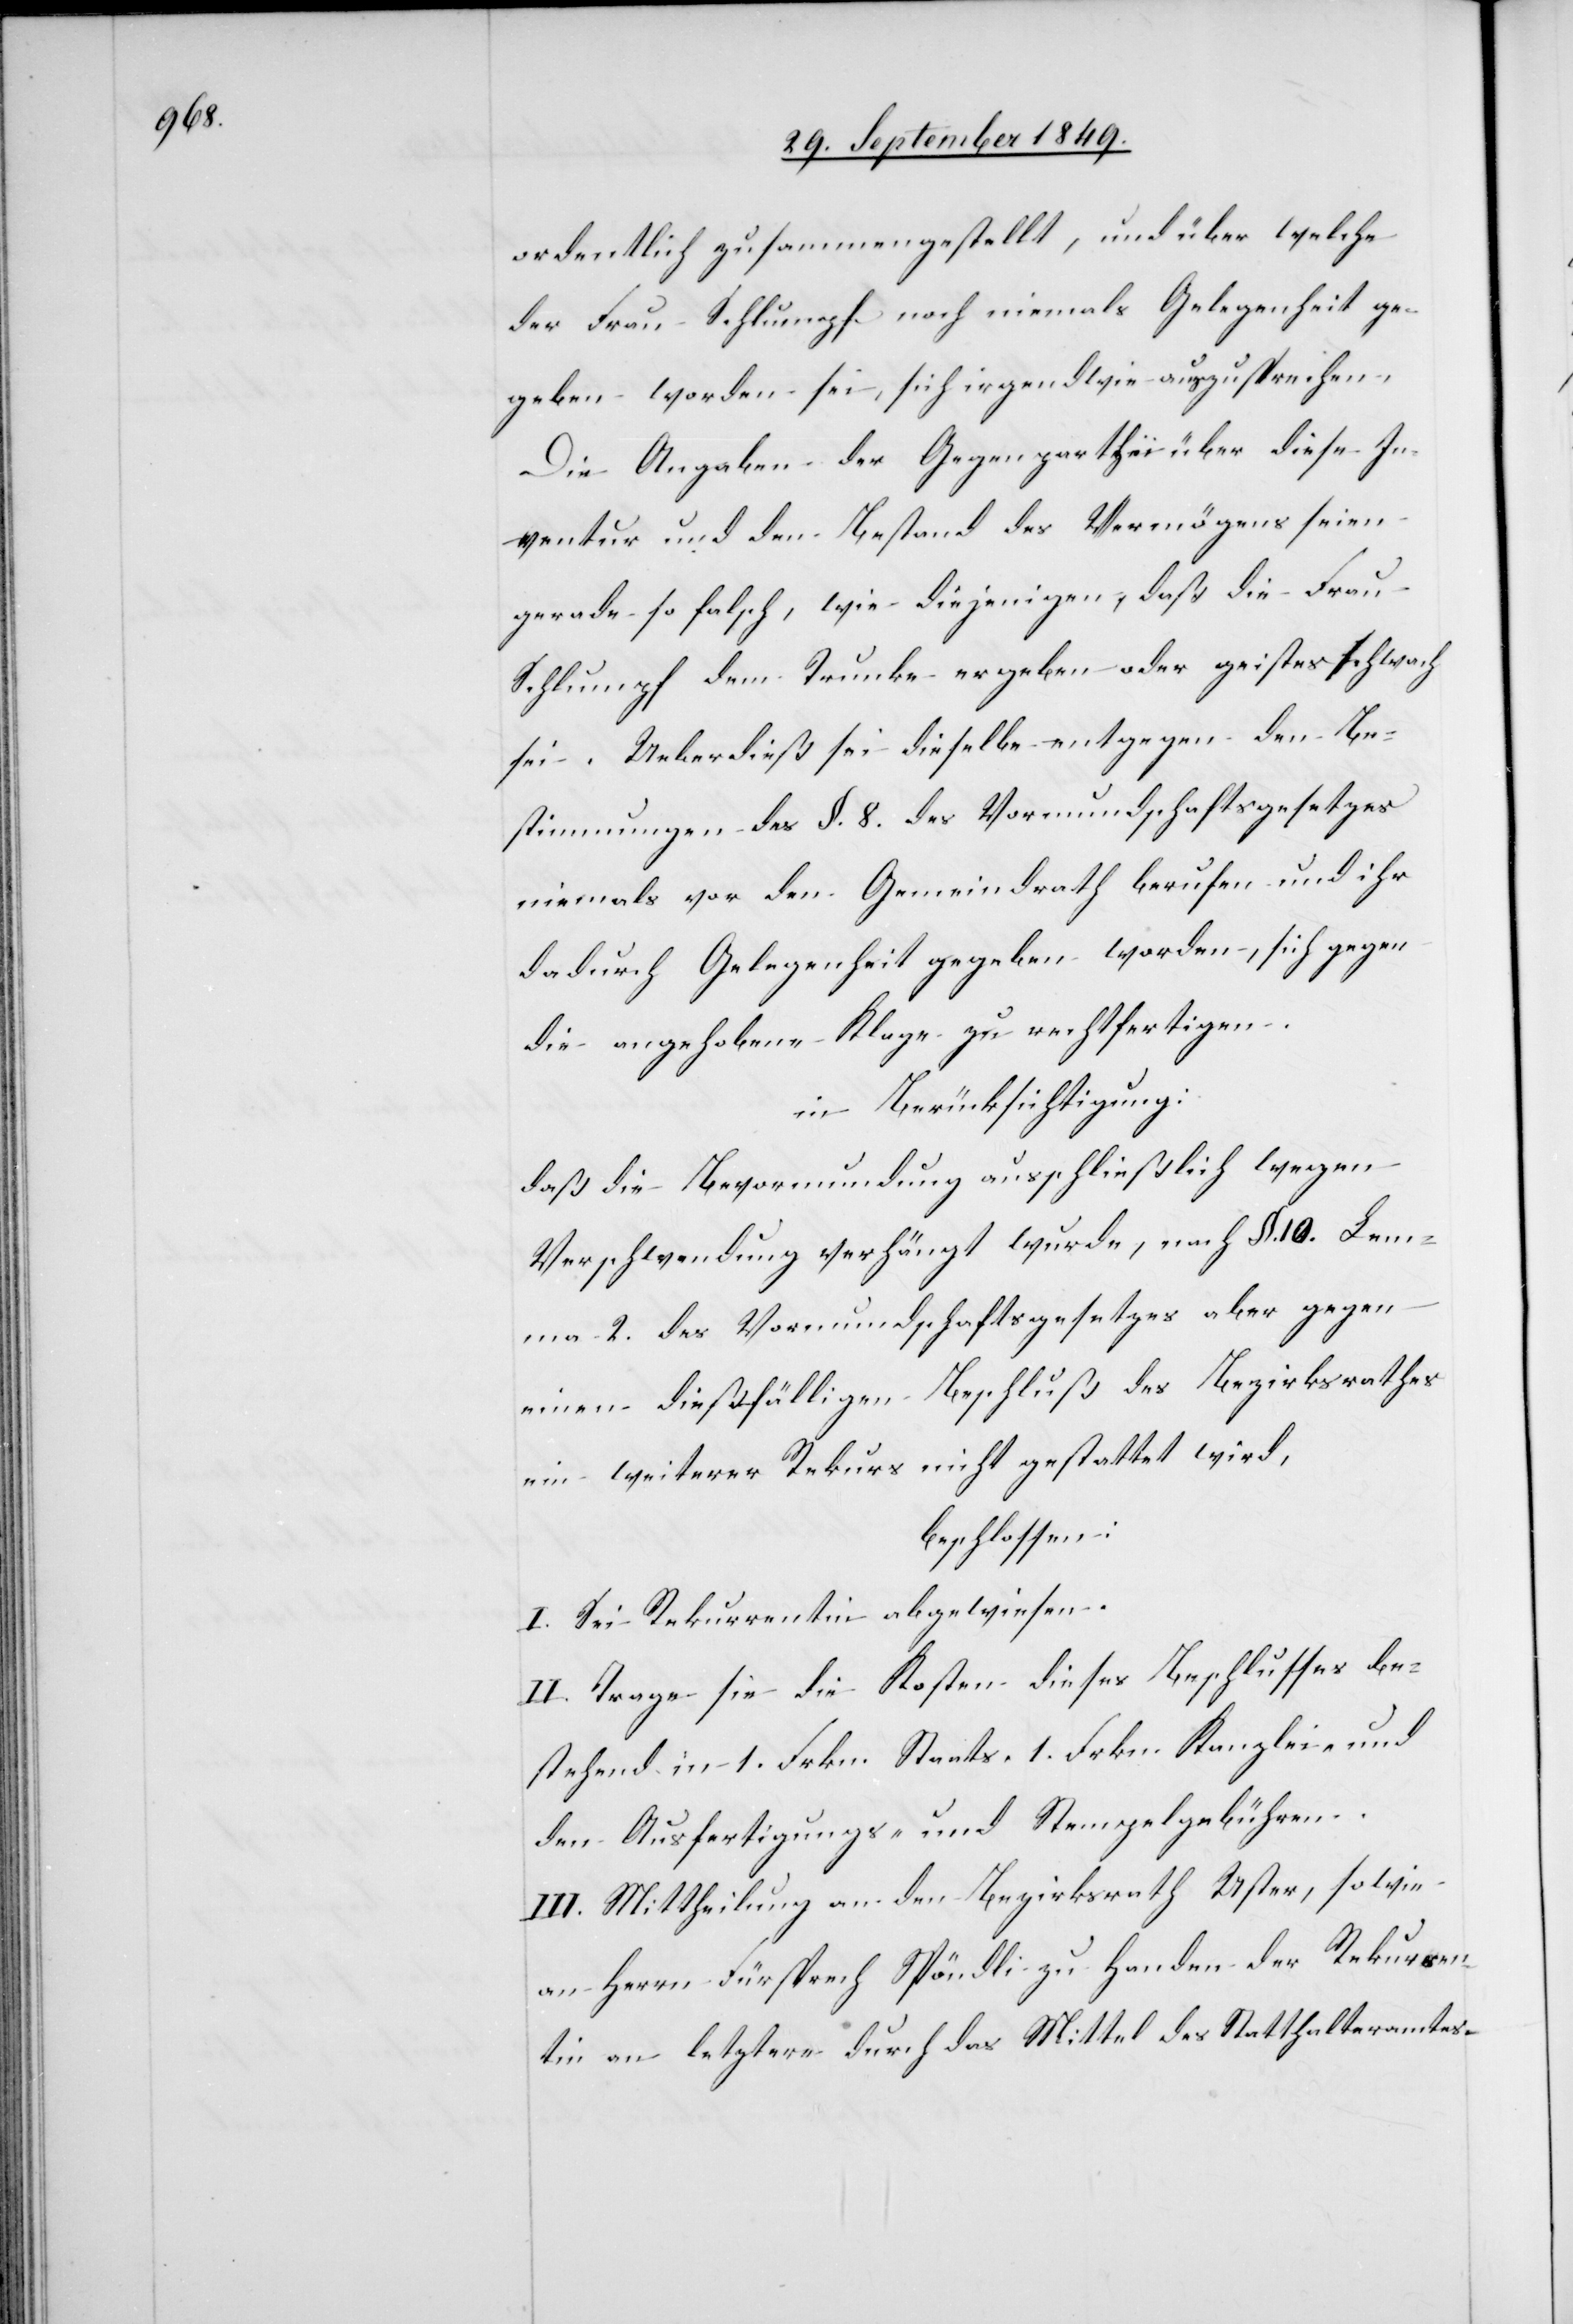
ordentlich zusammengestellt, und über welche
der Frau Schlumpf noch niemals Gelegenheit ge¬
geben worden sei, sich irgendwie anzusprechen.
Die Angaben der Gegenparthei über diese In¬
ventur und dem Bestand des Vermögens seien
gerade so falsch, wie diejenigen, daß die Frau
Schlumpf dem Trunke ergeben oder geistesschwach
sei. Ueberdieß sei dieselbe entgegen den Be¬
stimmungen des §. 8. des Vormundschaftsgesetzes
niemals vor den Gemeindrath berufen und ihr
dadurch Gelegenheit gegeben worden, sich gegen
die angehobene Klage zu rechtfertigen.
in Berücksichtigung:
daß die Bevormundung ausschließlich wegen
Verschwendung verhängt wurde, nach §. 10. Lem¬
ma 2. des Vormundschaftsgesetzes aber gegen
einen dießfälligen Beschluß des Bezirksrathes
ein weiterer Rekurs nicht gestattet wird,
beschlossen:
I. Sei Rekurrentin abgewiesen.
II. Trage sie die Kosten dieses Beschlusses be¬
stehend in 1. Frkn. Staats, 1. Frkn. Kanzlei- und
den Ausfertigungs- und Stempelgebühren.
III. Mittheilung an den Bezirksrath Uster, sowie
an Herrn Fürsprech Spöndli zu Handen der Rekurren¬
tin an letztere durch das Mittel des Statthalteramtes.